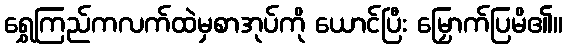
ရွှေကြည်ကလက်ထဲမှစာအုပ်ကို ယောင်ပြီး မြှောက်ပြမိ၏။